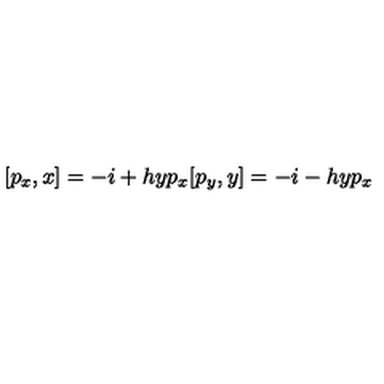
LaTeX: [ p _ { x } , x ] = - i + h y p _ { x } [ p _ { y } , y ] = - i - h y p _ { x }